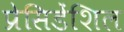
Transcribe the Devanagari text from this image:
प्रेसिडेंशिल